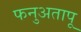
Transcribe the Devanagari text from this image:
फनुअतापू